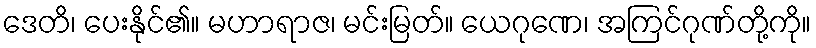
ဒေတိ၊ ပေးနိုင်၏။ မဟာရာဇ၊ မင်းမြတ်။ ယေဂုဏေ၊ အကြင်ဂုဏ်တို့ကို။